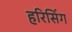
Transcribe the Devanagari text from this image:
हरिसिंग